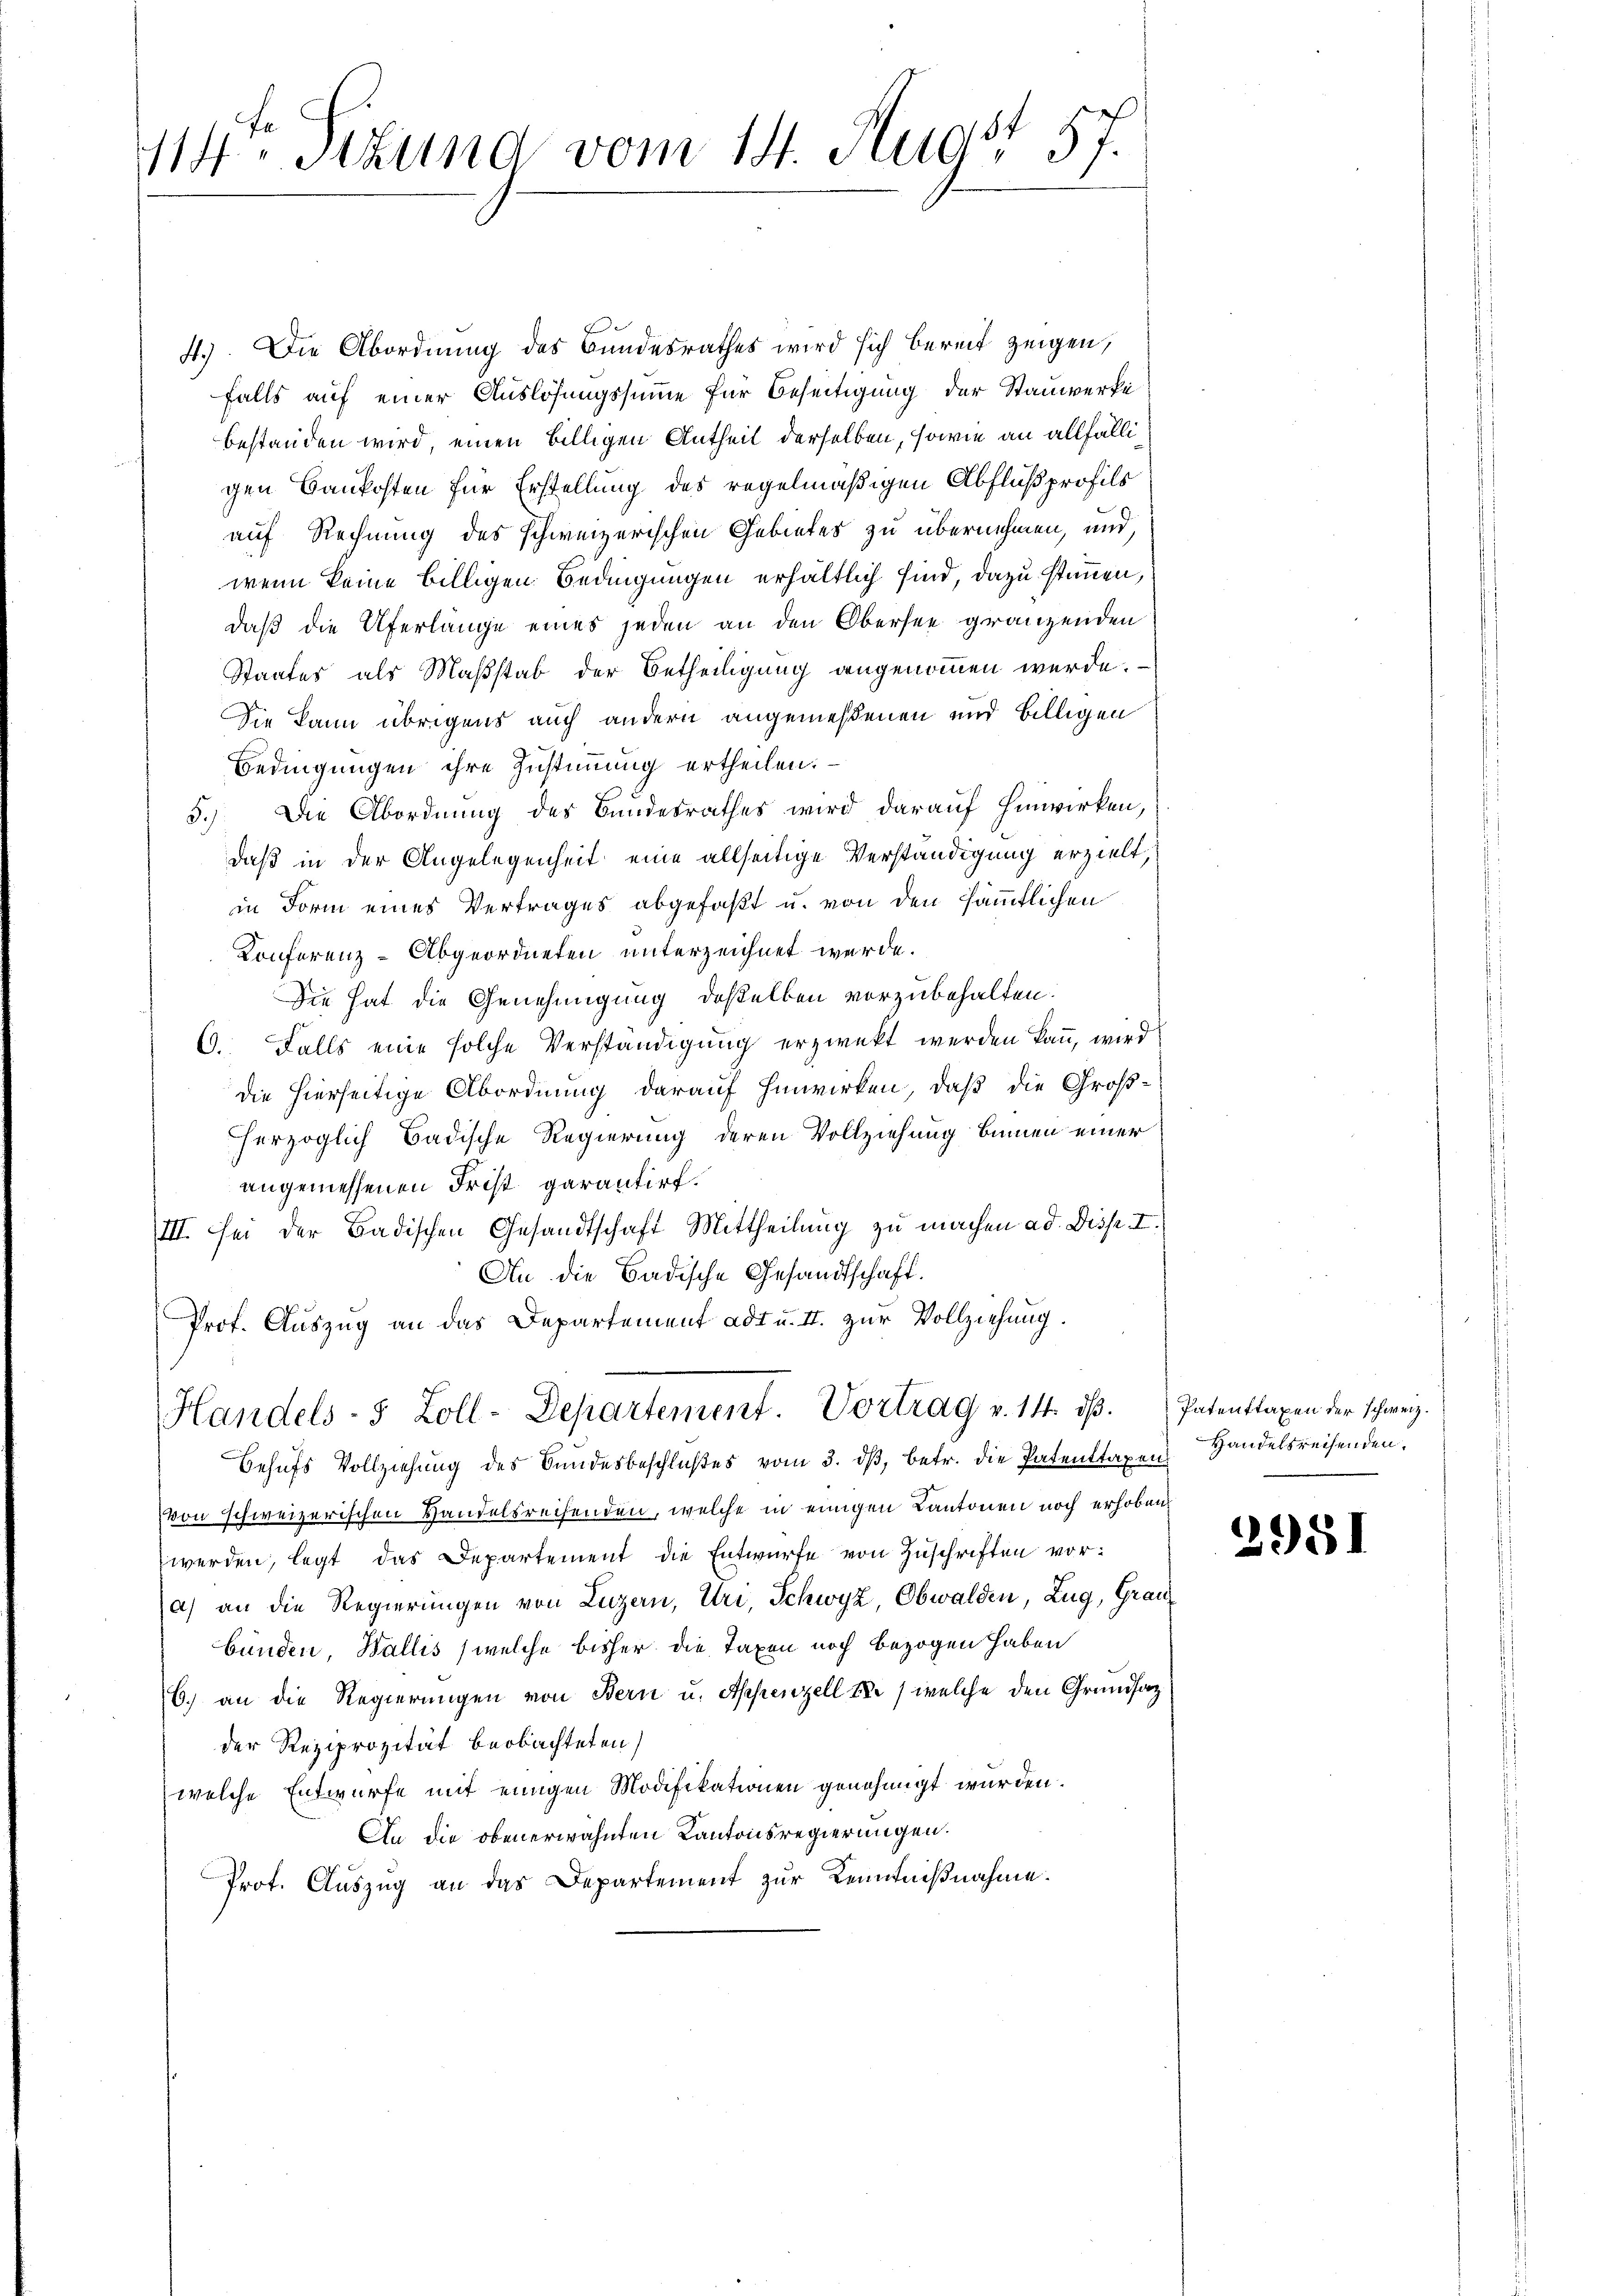
114. Stund vom 14. Augst 57.

4.) Die Abordnung des Bundesrathes wird sich bereit zeigen,
falls auf einer Auslösungssumme für Beseitigung der Stauwerke
bestanden wird, einen billigen Antheil derselben, sowie an allfälligen Baukosten für Erstellung des regelmäßigen Abflußprofils
auf Rechnung des schweizerischen Gebietes zu übernehmen, und
wenn keine billigen Bedingungen erhältlich sind, dazu stimmen,
daß die Uferlänge eines jeden an den Obersee gränzenden
Staates als Maßstab der Betheiligung angenommen wurde.
Sie kann übrigens auch andern angemeßenen und billigen
Bedingungen ihre Zustimmung ertheilen.
5.) Die Abordnung des Bundesrathes wird darauf hinwirken,
daß in der Angelegenheit eine allseitige Verständigung erzielt,
in Form eines Vertrages abgefaßt u. von den sämmtlichen
Conferenz-Abgeordneten unterzeichnet werde.
Sie hat die Genehmigung deßelben vorzubehalten.
6. Falls eine solche Verständigung erzweckt werden kann, wird
die hierseitige Abordnung darauf hinwirken, daß die Großherzoglich Badische Regierung deren Vollziehung binnen einer
angemessenen Frist garantirt.
III. Sei der Badischen Gesandtschaft Mittheilung zu machen ad Disp. I.
An die Badische Gesandtschaft.
Prof. Auszug an das Departement adt u. II. zur Vollziehung.

Handels- 5 Zoll-Departement. Vortrag v. 14. dβ. Patenttaxen der schweiz.

Behŭfs Vollziehŭng des Bundesbeschlußes vom 3. dβ, betr. die Patenttaxen
von schweizerischen Handelsreisenden, welche in einigen Kantonen noch erhoben
werden, legt das Departement die Entwurfe von Zuschriften vora) an die Regierungen von Luzern, Uri, Schwyz, Obwalden, Zug, Graubünden, Wallis (welche bisher die Taxen noch bezogen haben
b.) an die Regierungen von Bern u. Appenzell I. / welche den Grundsaz
der Reziprozität beobachteten
welche Entwurfe mit einigen Modifikationen genehmigt wurden.
An die obenerwähnten Kantonsregierungen.
Prot. Auszug an das Departement zur Kenntnißnahme.

Handelsreisenden.

2951